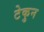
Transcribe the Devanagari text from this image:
टेकुन